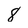
Character: 8